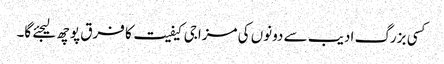
کسی بزرگ ادیب سے دونوں کی مزاجی کیفیت کا فرق پوچھ لیجئے گا۔